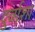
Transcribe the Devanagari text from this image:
दुर्वाशा